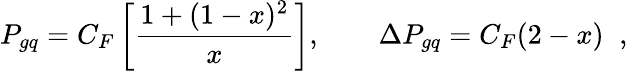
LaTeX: P_{gq}=C_{F}\left[\frac{1+(1-x)^{2}}{x}\right],\qquad\Delta P_{gq}=C_{F}(2-x)\; \; ,